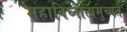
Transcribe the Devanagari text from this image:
महाविघ्नात्प्रमुच्यते